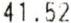
41.52